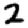
Digit: 2